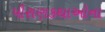
પૌરાણકથાઓના